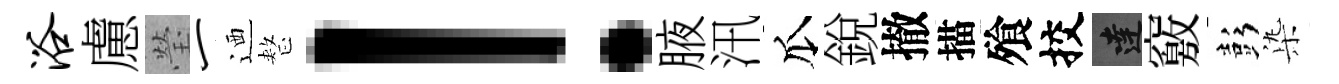
浴慮瑩一迺整！腋汛瓜銳撤描飱挍達竅彭𣑱